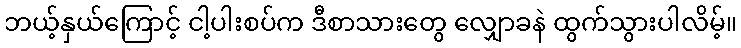
ဘယ့်နှယ်ကြောင့် ငါ့ပါးစပ်က ဒီစာသားတွေ လျှောခနဲ ထွက်သွားပါလိမ့်။